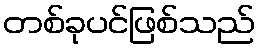
တစ်ခုပင်ဖြစ်သည်